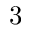
3